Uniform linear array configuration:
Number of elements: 48
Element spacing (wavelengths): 0.75
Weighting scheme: exponential
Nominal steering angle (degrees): -30
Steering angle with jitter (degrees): -29.381
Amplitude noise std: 0.05
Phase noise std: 0.05

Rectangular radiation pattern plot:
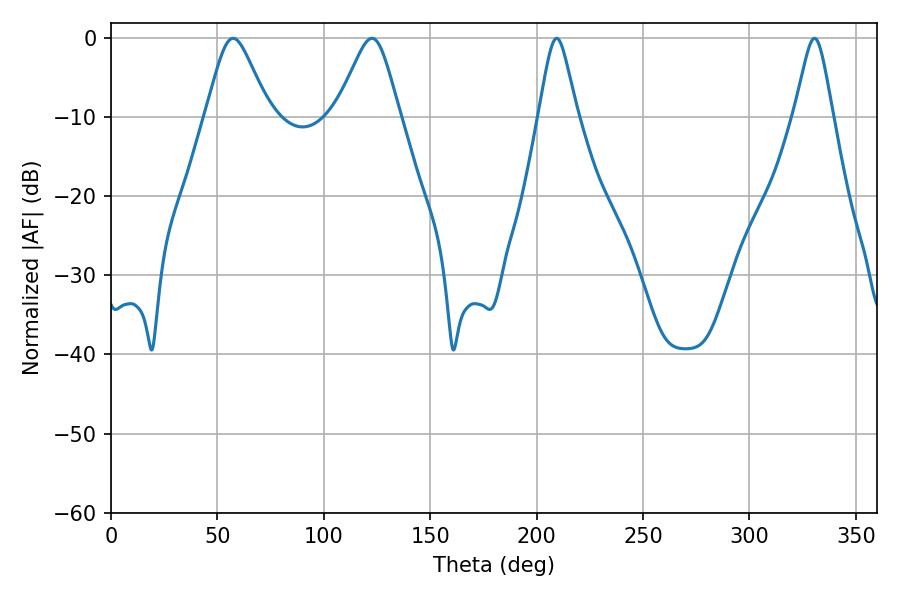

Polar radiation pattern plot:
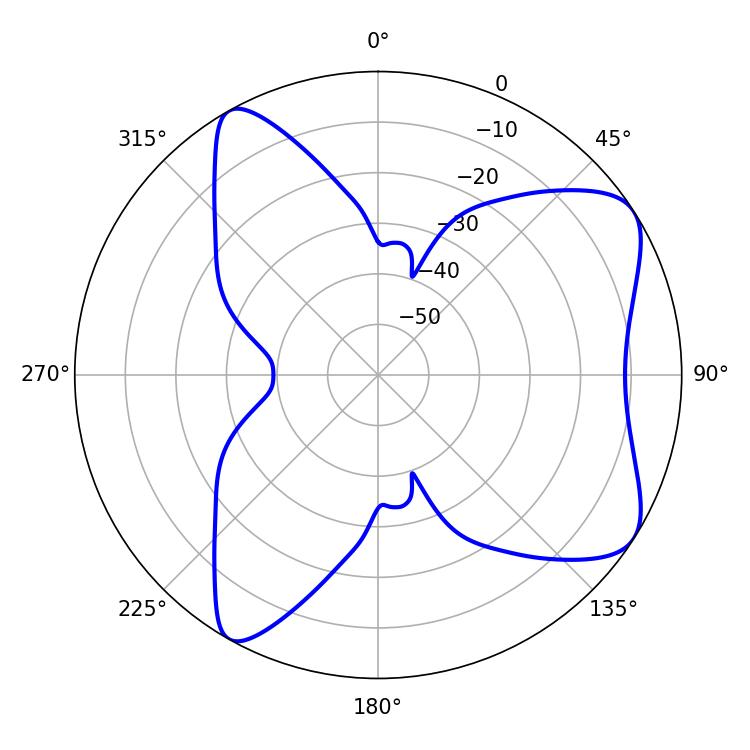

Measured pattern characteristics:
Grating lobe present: TRUE
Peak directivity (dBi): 7.519
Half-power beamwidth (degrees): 14.4
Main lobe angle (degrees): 122.58